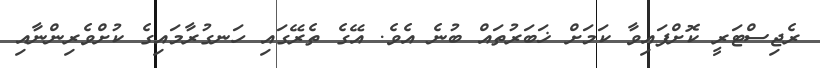
ރެޖިސްޓަރީ ކޮށްފައިވާ ކަމަށް ޚަބަރުތައް ބުނެ އެވެ. އޭގެ ތެރޭގައި ހަނގުރާމައިގެ ކުށްވެރިންނާއި